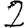
Digit: 2